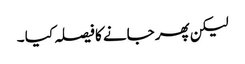
لیکن پھر جانے کا فیصلہ کیا ۔